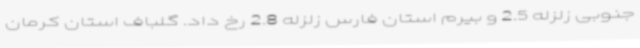
جنوبی زلزله 2.5 و بیرم استان فارس زلزله 2.8 رخ داد. گلباف استان کرمان